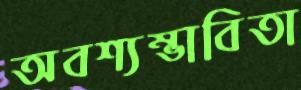
অবশ্যম্ভাবিতা